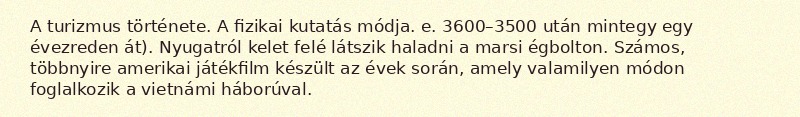
A turizmus története. A fizikai kutatás módja. e. 3600–3500 után mintegy egy évezreden át). Nyugatról kelet felé látszik haladni a marsi égbolton. Számos, többnyire amerikai játékfilm készült az évek során, amely valamilyen módon foglalkozik a vietnámi háborúval.